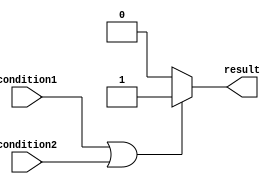
module if_else_logic_or (
    input wire condition1,
    input wire condition2,
    output reg result
);

always @(*) begin
    if (condition1 || condition2) begin
        result <= 1'b1; // Execute this block if any one of the conditions is true
    end
    else begin
        result <= 1'b0; // Execute this block if none of the conditions is true
    end
end

endmodule